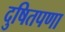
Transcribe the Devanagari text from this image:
दुषितपणा